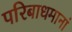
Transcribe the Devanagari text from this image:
परिबाधमानां